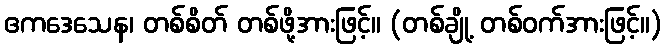
ဧကဒေသေန၊ တစ်စိတ် တစ်ဖို့အားဖြင့်။ (တစ်ချို့ တစ်ဝက်အားဖြင့်။)